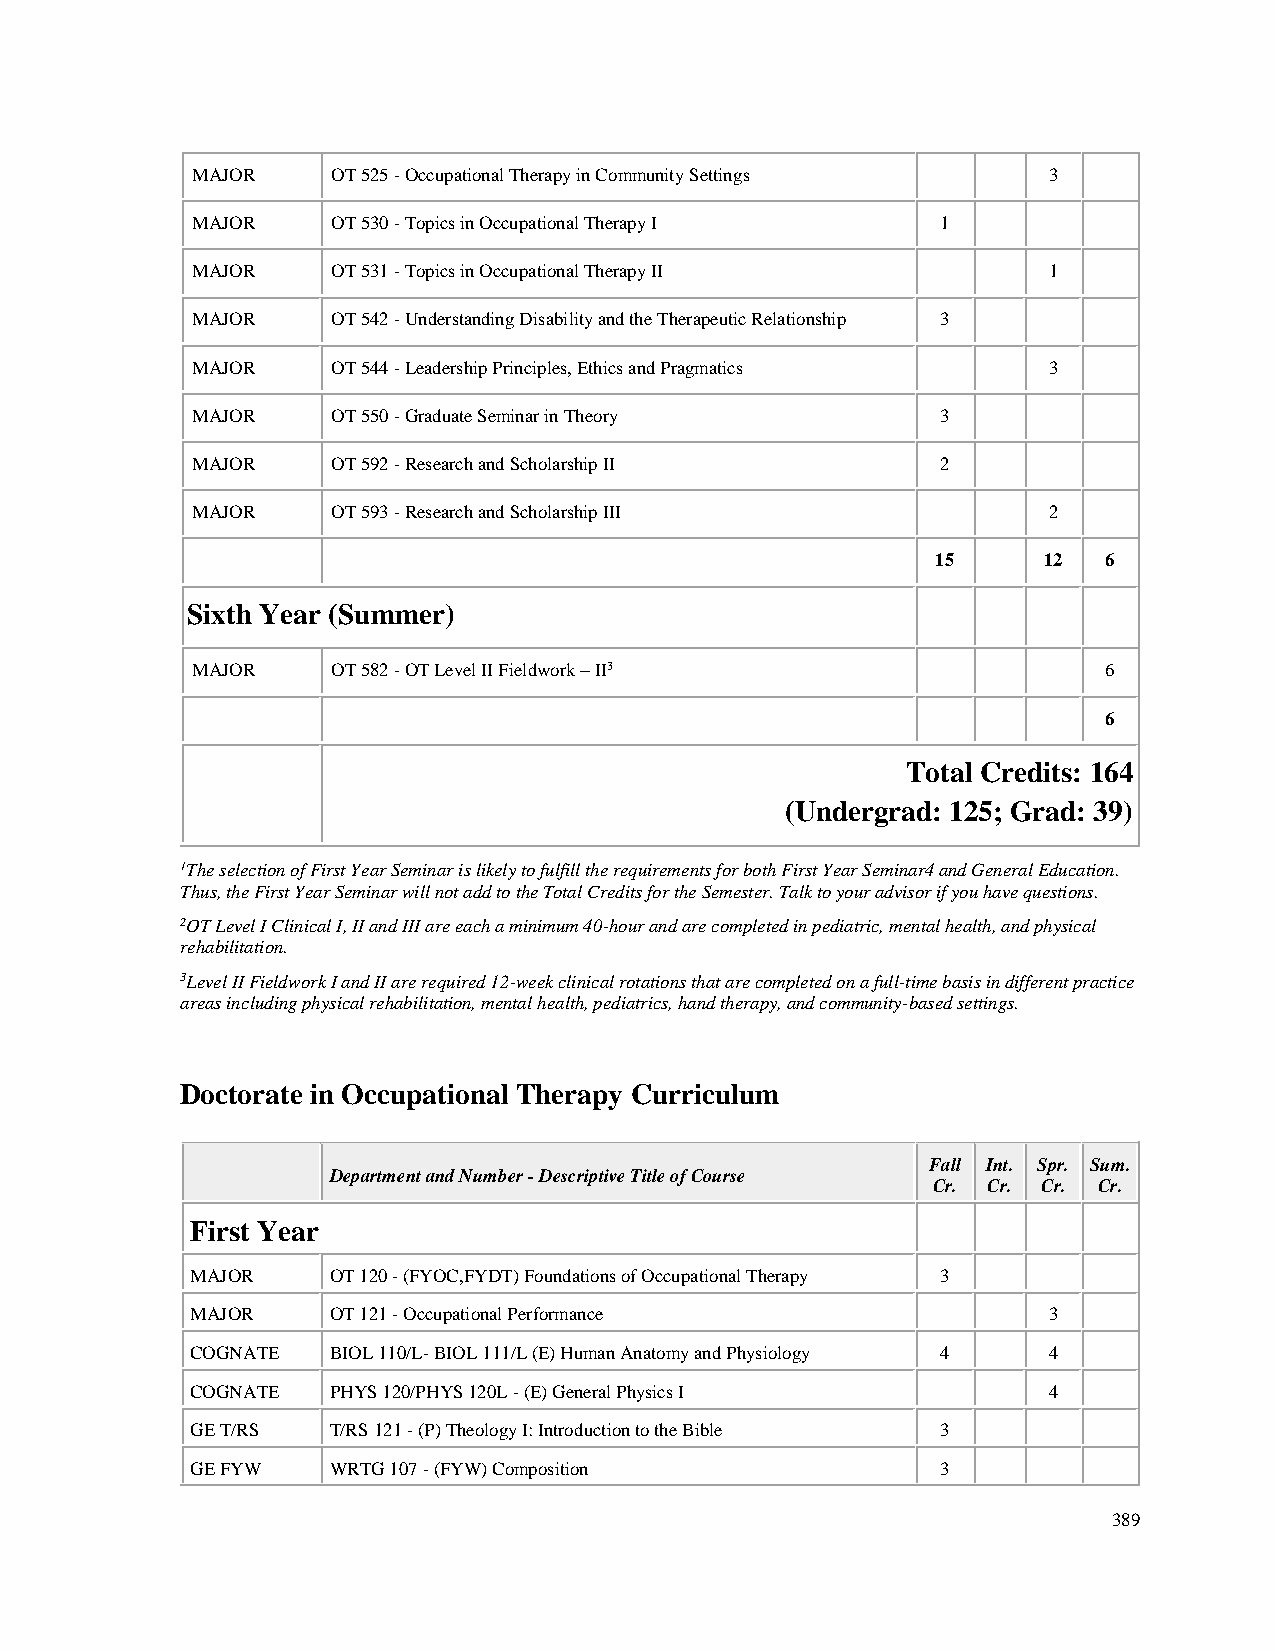
MAJOR    OT 525 - Occupational Therapy in Community Settings 3
 MAJOR    OT 530 - Topics in Occupational Therapy I 1
 MAJOR    OT 531 - Topics in Occupational Therapy II     1
 MAJOR    OT 542 - Understanding Disability and the Therapeutic Relationship 3
 MAJOR    OT 544 - Leadership Principles, Ethics and Pragmatics 3
 MAJOR    OT 550 - Graduate Seminar in Theory     3
 MAJOR    OT 592 - Research and Scholarship II    2
 MAJOR    OT 593 - Research and Scholarship III          2
 15     12  6
 Sixth Year (Summer)
 MAJOR    OT 582 - OT Level II Fieldwork – II3               6
 6
 Total Credits: 164
 (Undergrad: 125; Grad: 39)
 1The selection of First Year Seminar is likely to fulfill the requirements for both First Year Seminar4 and General Education.
 Thus, the First Year Seminar will not add to the Total Credits for the Semester. Talk to your advisor if you have questions.
 2OT Level I Clinical I, II and III are each a minimum 40-hour and are completed in pediatric, mental health, and physical
 rehabilitation.
 3Level II Fieldwork I and II are required 12-week clinical rotations that are completed on a full-time basis in different practice
 areas including physical rehabilitation, mental health, pediatrics, hand therapy, and community-based settings.
 Doctorate in Occupational Therapy Curriculum
 Fall Int. Spr. Sum.
 Department and Number - Descriptive Title of Course
 Cr. Cr. Cr. Cr.
 First Year
 MAJOR    OT 120 - (FYOC,FYDT) Foundations of Occupational Therapy 3
 MAJOR    OT 121 - Occupational Performance              3
 COGNATE  BIOL 110/L- BIOL 111/L (E) Human Anatomy and Physiology 4 4
 COGNATE  PHYS 120/PHYS 120L - (E) General Physics I     4
 GE T/RS  T/RS 121 - (P) Theology I: Introduction to the Bible 3
 GE FYW   WRTG 107 - (FYW) Composition            3
 389